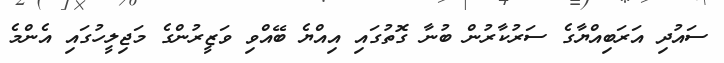
ސައުދި އަރަބިއްޔާގެ ސަރުކާރުން ބުނާ ގޮތުގައި އިއްޔެ ބޭއްވި ވަޒީރުންގެ މަޖިލީހުގައި އެންމެ